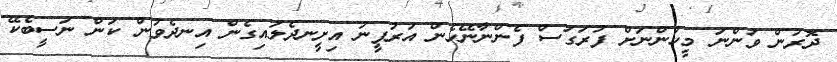
ދޮރުން ވަންނަ މީހުންނަށް ފުރަގަސް ފެންނާނޭހެން އަރުފީނު އިށީނދެލައިގެން އިނދެވުން ކަން ނަސީބެކޭ